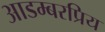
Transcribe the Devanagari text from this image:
आडम्बरप्रिय